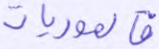
فالموريات